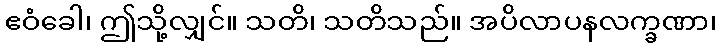
ဧဝံခေါ၊ ဤသို့လျှင်။ သတိ၊ သတိသည်။ အပိလာပနလက္ခဏာ၊